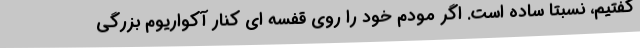
گفتیم، نسبتا ساده است. اگر مودم خود را روی قفسه ای کنار آکواریوم بزرگی